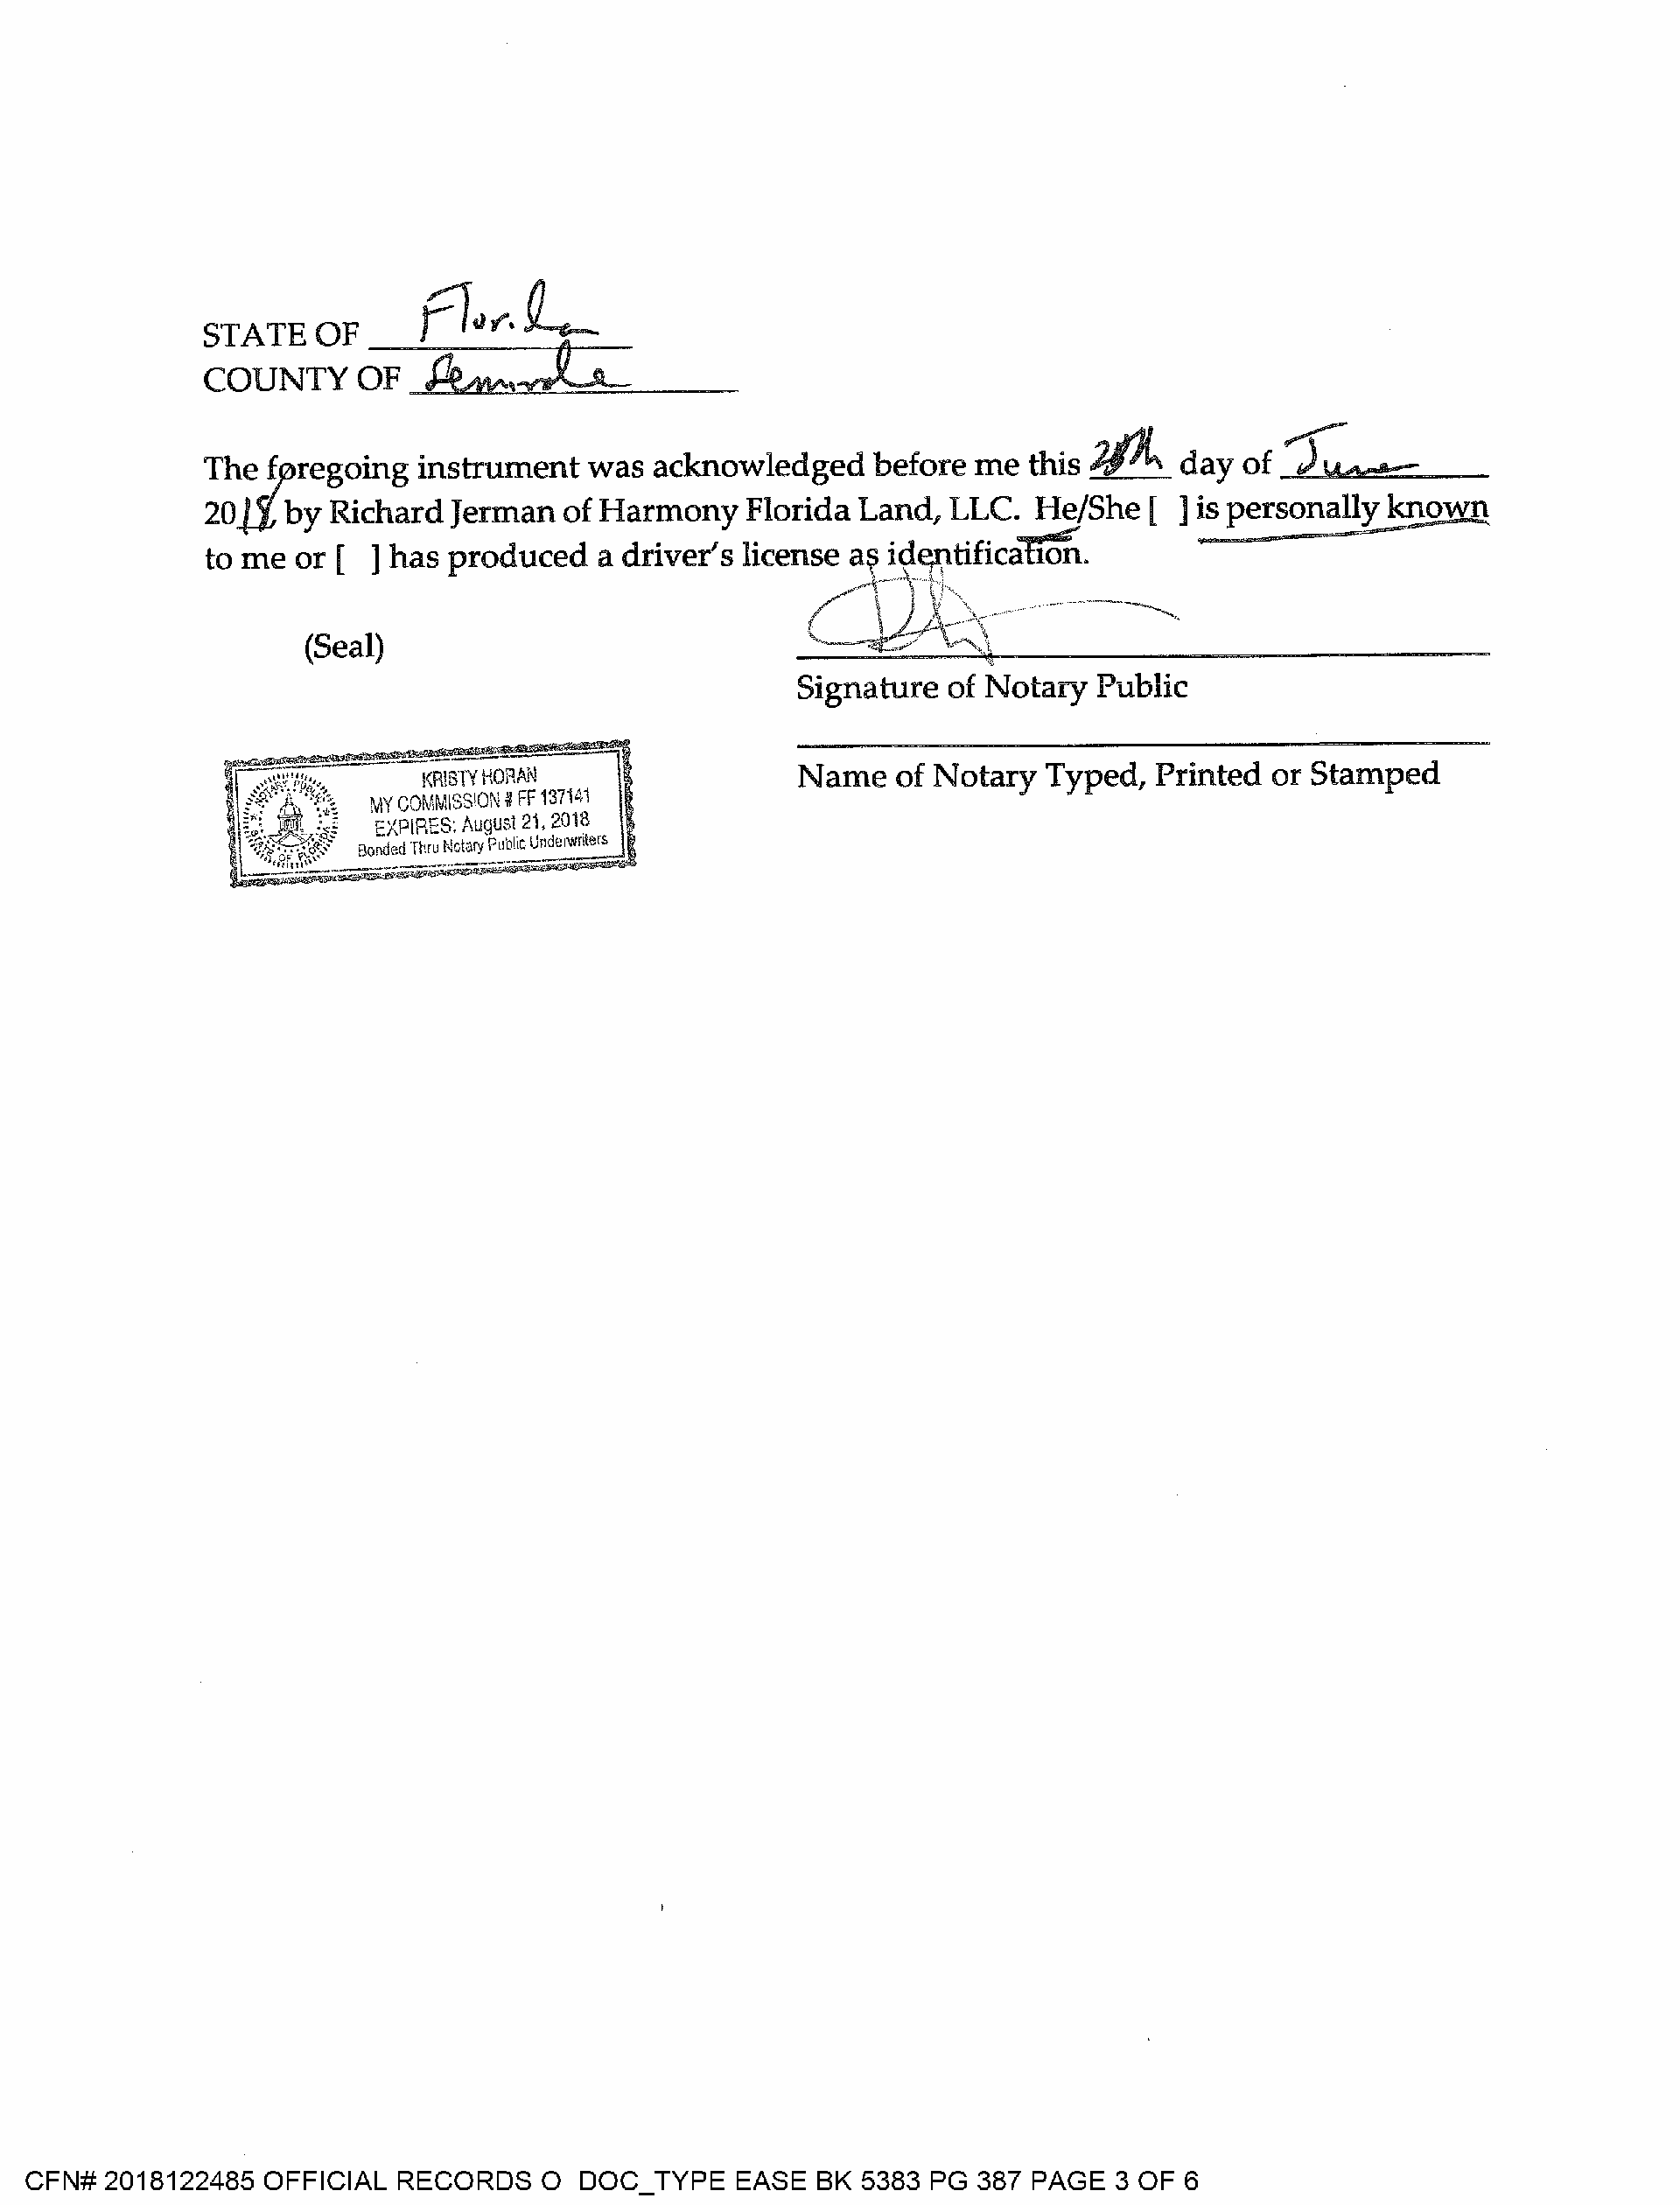
L--A-_
 _c._f1_.,.,,._.
 STATE    OF
 ~-:J~:~.c::::::..,_ __
 COUNTY      OF
 J.~::l:.·
 JA
 ~
 Th~-~regoing     instrument  was  acknowledged     before  me  this       day  of        , -
 20..l.J, by Richard Jerman  of Harmony   Florida  Land,  LLC.  He/She   [ ] is personally known
 to me or [  ] has produced   a driver's license ~--!~~tificafion.
 /_.>,       ·----------
 (Seal)
 Signature   of Notary  Public
 Name    of Notary  Typed,  Printed  or Stamped
 l<R!STY HORAN
 MY COMMISSION# FF 137141
 EXPIRES: August 21, 2018
 Bonded Thru Motary Public Unde,wnters
 CFN#  2018122485  OFFICIAL  RECORDS    O  DOC_TYPE    EASE  BK 5383 PG  387 PAGE  3 OF  6